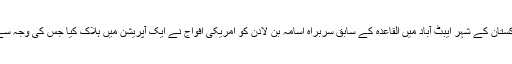
احمد شجاع پاشا ہی کے دور میں پاکستان کے شہر ایبٹ آباد میں القاعدہ کے سابق سربراہ اسامہ بن لادن کو امریکی افواج نے ایک آپریشن میں ہلاک کیا جس کی وجہ سے پاکستان کی فوج کی بدنامی ہوئی۔